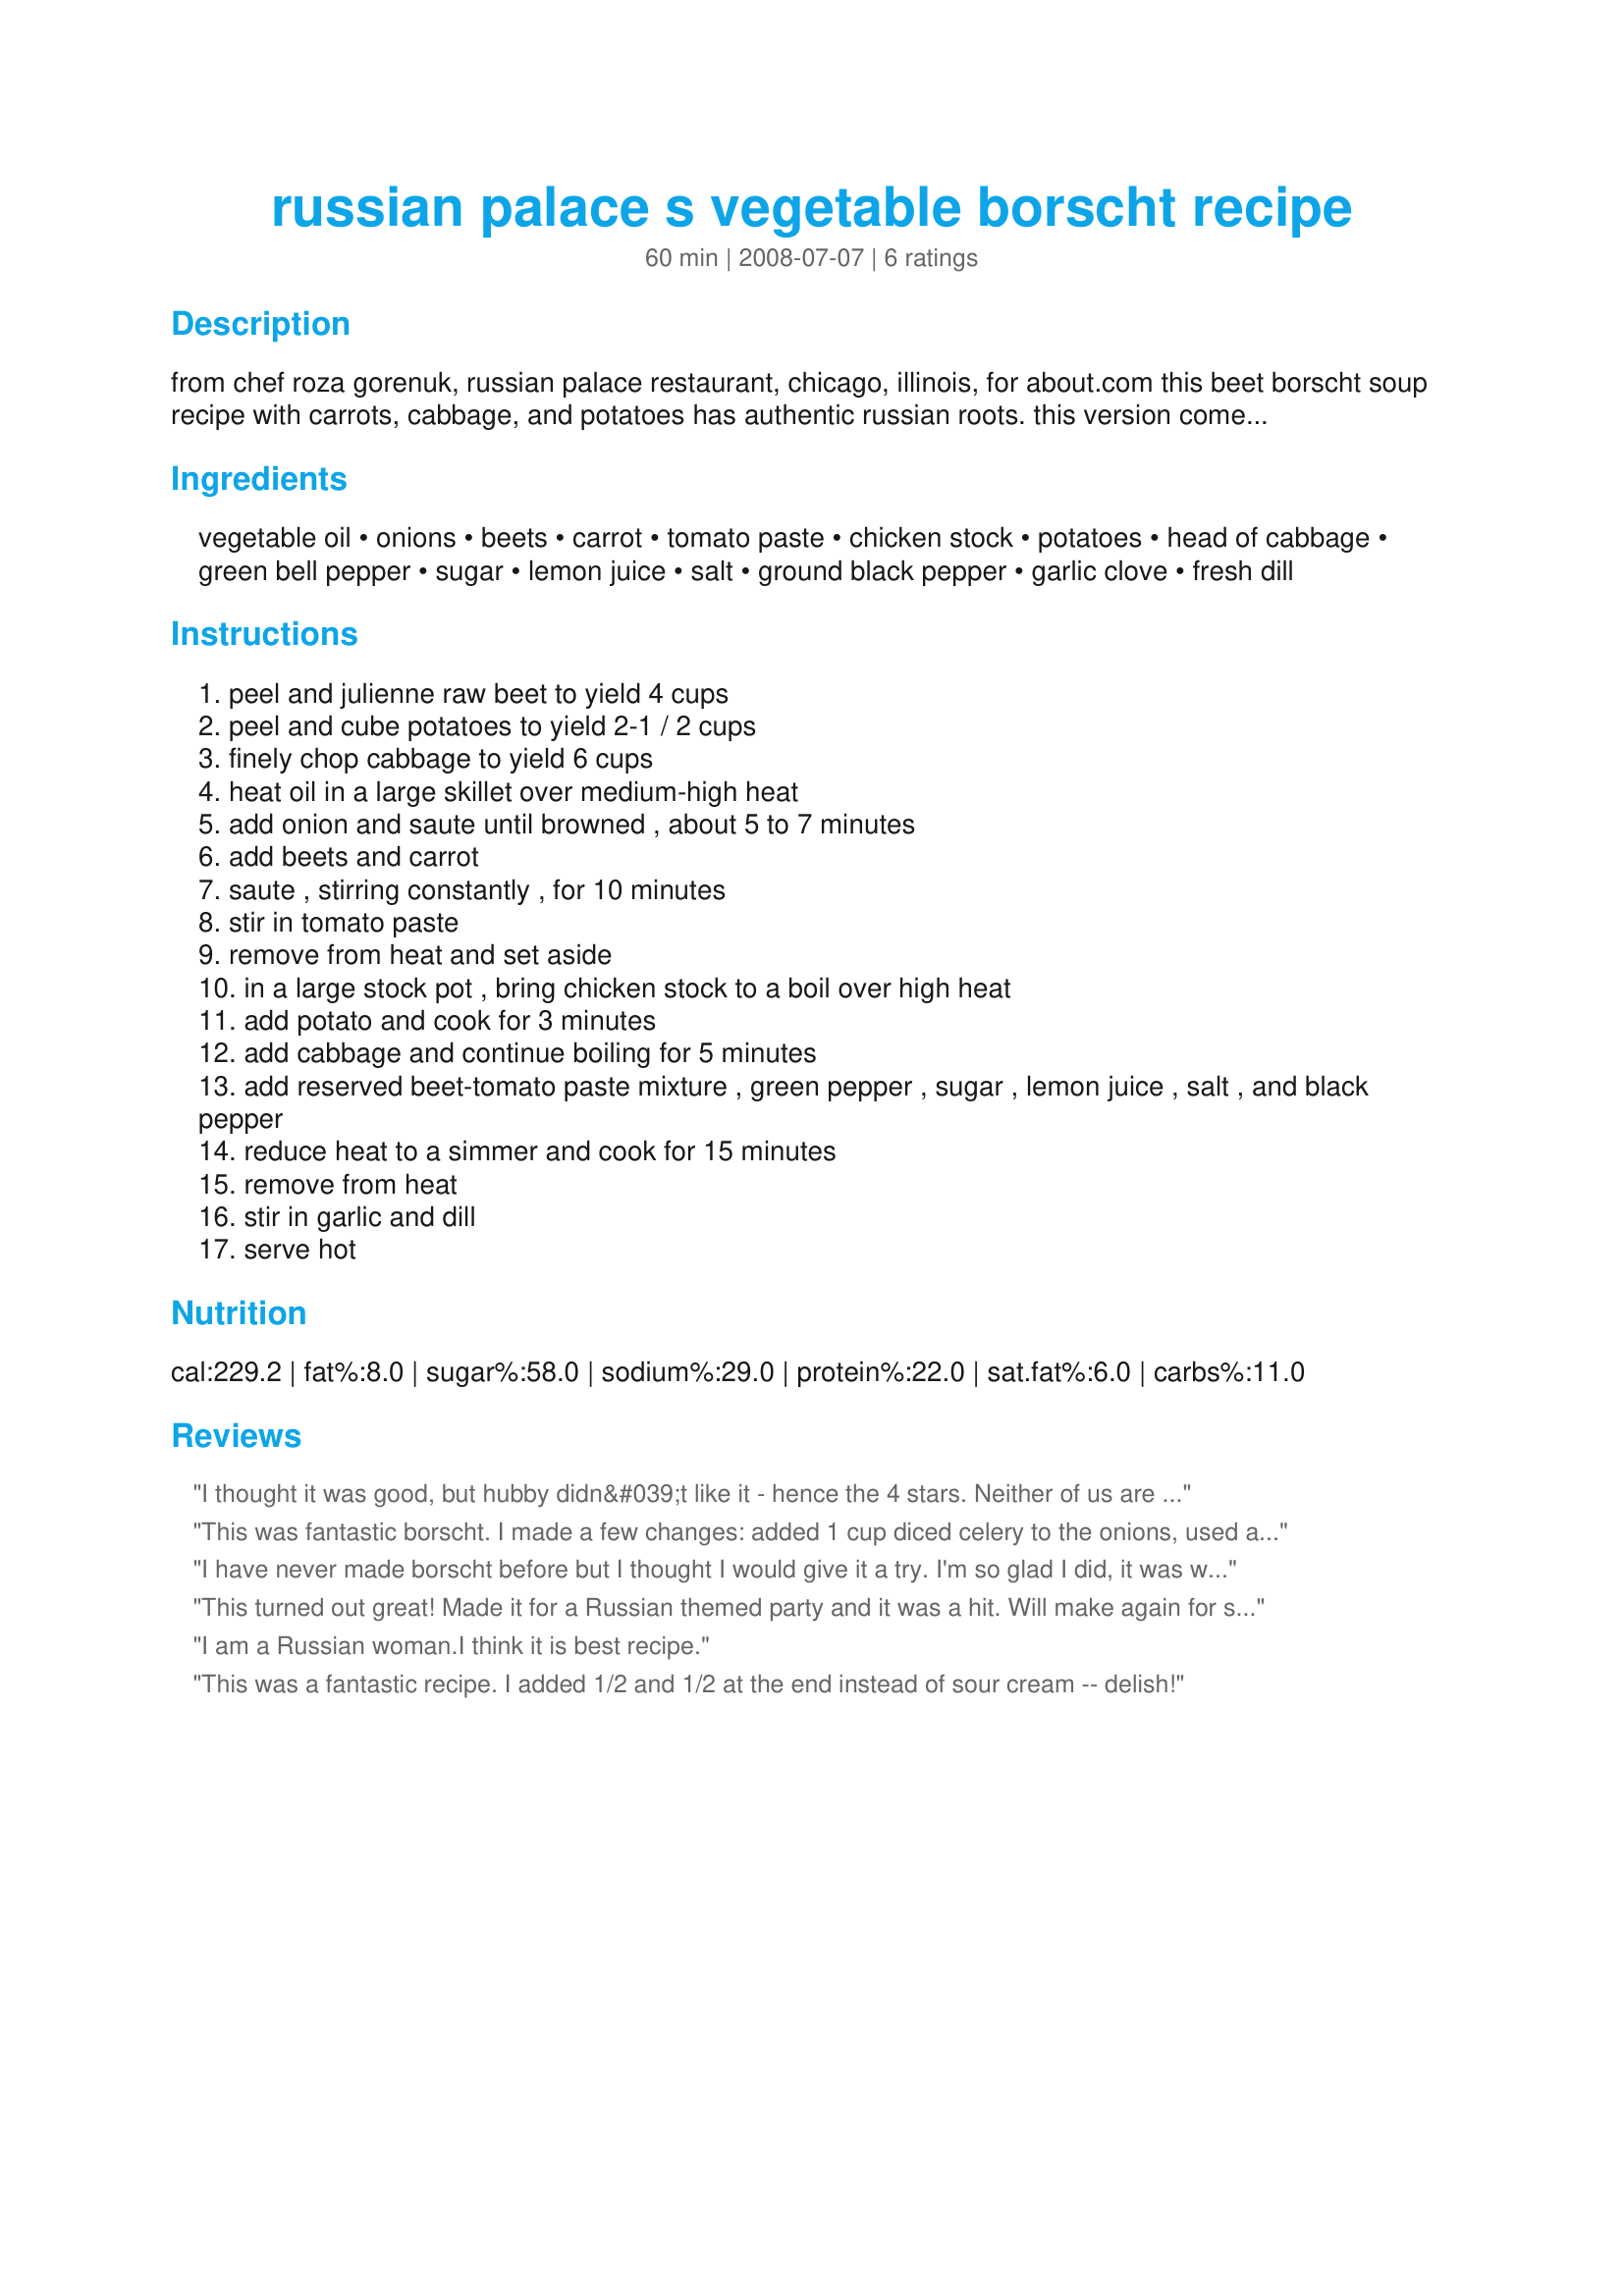
russian palace s vegetable borscht recipe
Preparation time: 60 minutes

from chef roza gorenuk, russian palace restaurant, chicago, illinois, for about.com
this beet borscht soup recipe with carrots, cabbage, and potatoes has authentic russian roots. this version comes from the famous russian palace restaurant in chicago.
prep time: 20 minutes
cook time: 40 minutes

Ingredients:
vegetable oil, onions, beets, carrot, tomato paste, chicken stock, potatoes, head of cabbage, green bell pepper, sugar, lemon juice, salt, ground black pepper, garlic clove, fresh dill

Steps:
peel and julienne raw beet to yield 4 cups
peel and cube potatoes to yield 2-1 / 2 cups
finely chop cabbage to yield 6 cups
heat oil in a large skillet over medium-high heat
add onion and saute until browned , about 5 to 7 minutes
add beets and carrot
saute , stirring constantly , for 10 minutes
stir in tomato paste
remove from heat and set aside
in a large stock pot , bring chicken stock to a boil over high heat
add potato and cook for 3 minutes
add cabbage and continue boiling for 5 minutes
add reserved beet-tomato paste mixture , green pepper , sugar , lemon juice , salt , and black pepper
reduce heat to a simmer and cook for 15 minutes
remove from heat
stir in garlic and dill
serve hot

Reviews:
I thought it was good, but hubby didn&#039;t like it - hence the 4 stars. Neither of us are familiar with borscht, so maybe that was the problem. I felt it lacked a certain richness. I&#039;m pretty certain it was the lack of meat. (You certainly can&#039;t call me a vegan.) I did substitute a red bell pepper for the green pepper, so maybe that made a difference. I blended a batch of the leftovers and will try it chilled. We&#039;ll see . . .
This was fantastic borscht. I made a few changes: added 1 cup diced celery to the onions, used a whole can of tomato paste, used vegetable stock instead of chicken, used half a red cabbage, omitted the bell pepper, and used juice of a whole lemon. M-mmm, delicious! Thanks, Chef #809940 and Chef Roza at The Russian Palace Restaurant, my Polish grandmother would have loved this version.
I have never made borscht before but I thought I would give it a try. I'm so glad I did, it was wonderful. My six year old gobbled it up and asked for more. Thanks so much for such a great recipe.
This turned out great! Made it for a Russian themed party and it was a hit. Will make again for sure! I did add an extra potato and carrot, and left out the green pepper because I forgot to buy it when I was at the store. Still yummy!!
I am a Russian woman.I think it is best recipe.
This was a fantastic recipe. I added 1/2 and 1/2 at the end instead of sour cream -- delish!
